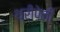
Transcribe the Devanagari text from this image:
थ्रीपेनी